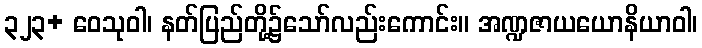
၃၂၃+ ဝေသုဝါ၊ နတ်ပြည်တို့၌သော်လည်းကောင်း။ အဏ္ဍဇာယယောနိယာဝါ၊